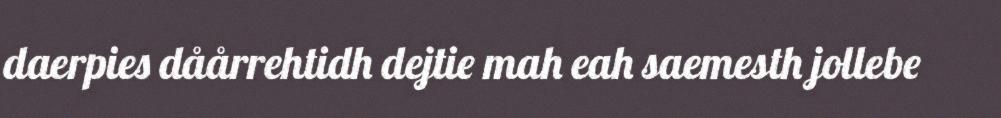
daerpies dåårrehtidh dejtie mah eah saemesth jollebe